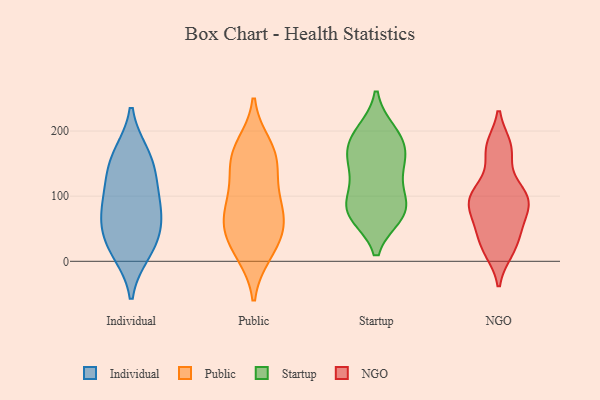
{"axis": {"x": "LTV (USD)", "y": "Value"}, "legend": ["Individual", "NGO", "Public", "Startup"], "data": [{"x": "", "y": 163, "type": "Individual"}, {"x": "", "y": 160, "type": "Individual"}, {"x": "", "y": 69, "type": "Individual"}, {"x": "", "y": 88, "type": "Individual"}, {"x": "", "y": 40, "type": "Individual"}, {"x": "", "y": 134, "type": "Individual"}, {"x": "", "y": 21, "type": "Individual"}, {"x": "", "y": 67, "type": "Individual"}, {"x": "", "y": 15, "type": "Individual"}, {"x": "", "y": 111, "type": "Individual"}, {"x": "", "y": 54, "type": "Public"}, {"x": "", "y": 89, "type": "Public"}, {"x": "", "y": 160, "type": "Public"}, {"x": "", "y": 77, "type": "Public"}, {"x": "", "y": 152, "type": "Public"}, {"x": "", "y": 46, "type": "Public"}, {"x": "", "y": 46, "type": "Public"}, {"x": "", "y": 84, "type": "Public"}, {"x": "", "y": 177, "type": "Public"}, {"x": "", "y": 124, "type": "Public"}, {"x": "", "y": 13, "type": "Public"}, {"x": "", "y": 15, "type": "Public"}, {"x": "", "y": 164, "type": "Public"}, {"x": "", "y": 151, "type": "Startup"}, {"x": "", "y": 176, "type": "Startup"}, {"x": "", "y": 79, "type": "Startup"}, {"x": "", "y": 179, "type": "Startup"}, {"x": "", "y": 154, "type": "Startup"}, {"x": "", "y": 82, "type": "Startup"}, {"x": "", "y": 73, "type": "Startup"}, {"x": "", "y": 137, "type": "Startup"}, {"x": "", "y": 109, "type": "Startup"}, {"x": "", "y": 196, "type": "Startup"}, {"x": "", "y": 198, "type": "Startup"}, {"x": "", "y": 72, "type": "Startup"}, {"x": "", "y": 78, "type": "Startup"}, {"x": "", "y": 51, "type": "NGO"}, {"x": "", "y": 170, "type": "NGO"}, {"x": "", "y": 26, "type": "NGO"}, {"x": "", "y": 107, "type": "NGO"}, {"x": "", "y": 91, "type": "NGO"}, {"x": "", "y": 175, "type": "NGO"}, {"x": "", "y": 92, "type": "NGO"}, {"x": "", "y": 104, "type": "NGO"}, {"x": "", "y": 17, "type": "NGO"}, {"x": "", "y": 69, "type": "NGO"}]}